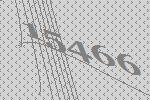
15466